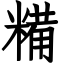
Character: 糒